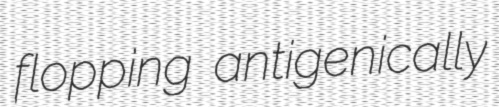
flopping antigenically